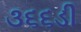
૩૬૬ડી